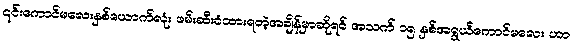
၎င်းကောင်မလေးနှစ်ယောက်လုံး ဖမ်းဆီးခံထားရတဲ့အချိန်မှာဆိုရင် အသက် ၁၅ နှစ်အရွယ်ကောင်မလေး ဟာ